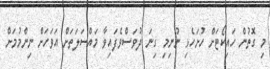
މި ގޮތުން ހައިކޯޓަށް ހުށަހެޅި ނުނިމި ގިނަ ދުވަސްވެފައިވާ މައްސަލަތަށް އަވަހަށް ނިންމުމަށް